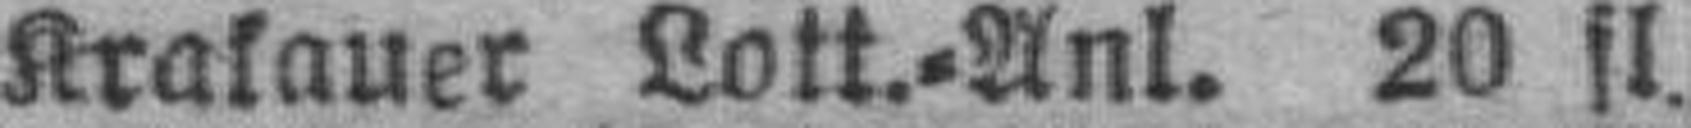
Krakauer Lott.=Anl. 20 fl.